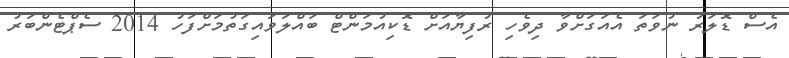
އެސް ޑޮލަރު ނުވަތަ އެއަގަށްވާ ދިވެހި ރުފިޔާއަށް ޑޮކިއުމަންޓް ބައްލަވައިގަތުމަށްފަހު 2014 ސެޕްޓެންބަރު